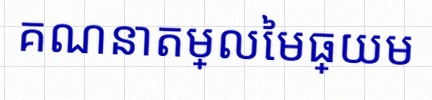
គណនាតម្លៃមធ្យម